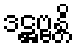
ဒဋ္ဌဗ္ဗန္တိ